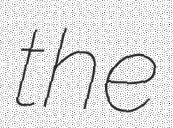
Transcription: the